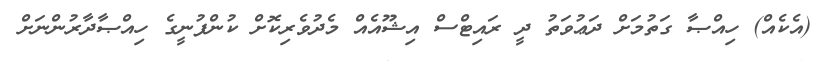
(އެކެއް) ހިއްޞާ ގަތުމަށް ދަޢުވަތު ދީ ރައިޓްސް އިޝޫއެއް މެދުވެރިކޮށް ކުންފުނީގެ ހިއްޞާދާރުންނަށް